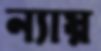
ন্যায়